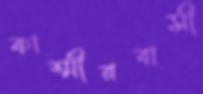
কাশ্মীরবাসী